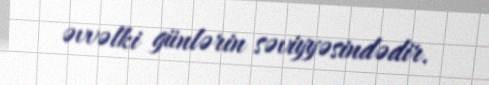
əvvəlki günlərin səviyyəsindədir.